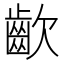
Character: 𮯀